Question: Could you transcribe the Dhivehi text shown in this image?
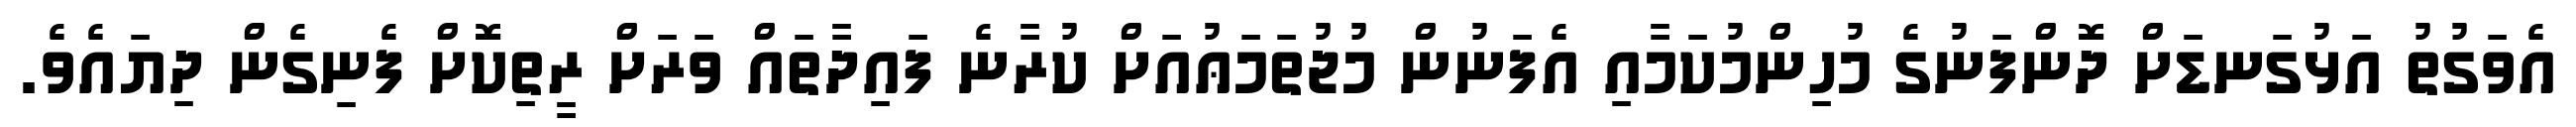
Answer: އެވަގުތު އަޅުގަނޑަށް ދޮންފަނުގެ މުހިންމުކަމާއި އެފަނުން މުޖުތަމަޢުއަށް ކުރާނެ ފައިދާތައް ވަރަށް ރީތިކޮށް ފެނިގެން ދިޔައެވެ.